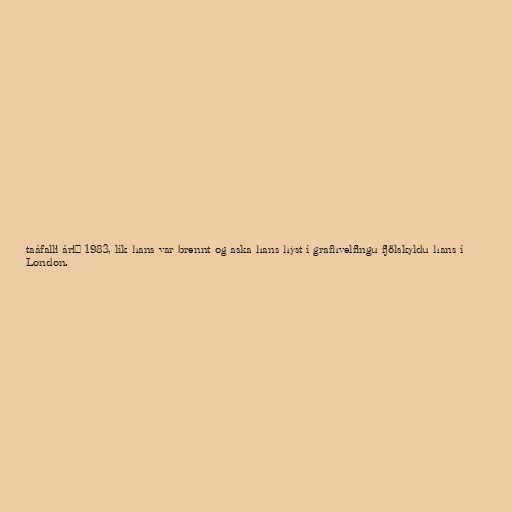
taáfalli árið 1983, lík hans var brennt og aska hans hýst í grafhvelfingu fjölskyldu hans í
London.